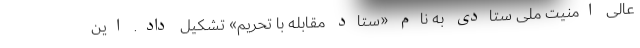
عالی امنیت ملی ستادی به نام «ستاد مقابله با تحریم» تشکیل داد. این